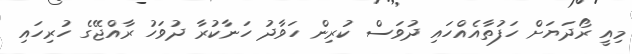
މިއީ ރޯދަޔަށް ހަފުތާއެއްހައި ދުވަސް ކުރިން ހަވާދު ހަނާކުރާ ދުވަހު ރާއްޖޭގެ ހުރިހައި